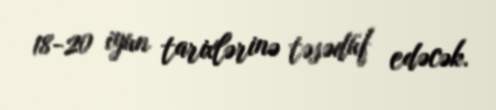
18-20 iyun tarixlərinə təsədüf edəcək.